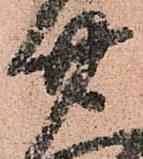
廿